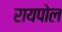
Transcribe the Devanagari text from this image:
रायपोल